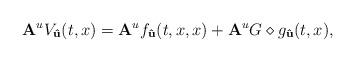
LaTeX: \begin{align*}{\bf A}^uV_{\bf \hat{u}}(t,x) = {\bf A}^uf_{\bf \hat{u}}(t,x,x)+ {\bf A}^uG\diamond g_{\bf \hat{u}}(t,x),\end{align*}